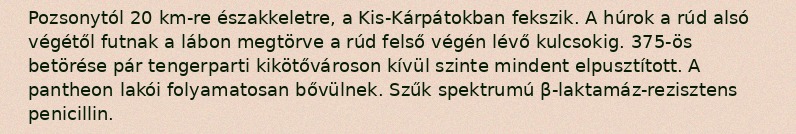
Pozsonytól 20 km-re északkeletre, a Kis-Kárpátokban fekszik. A húrok a rúd alsó végétől futnak a lábon megtörve a rúd felső végén lévő kulcsokig. 375-ös betörése pár tengerparti kikötővároson kívül szinte mindent elpusztított. A pantheon lakói folyamatosan bővülnek. Szűk spektrumú β-laktamáz-rezisztens penicillin.